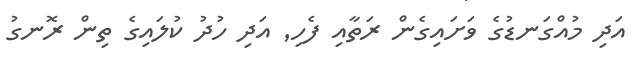
އަދި މުއްގަނޑުގެ ވަށައިގެން ރަތާއި ފެހި